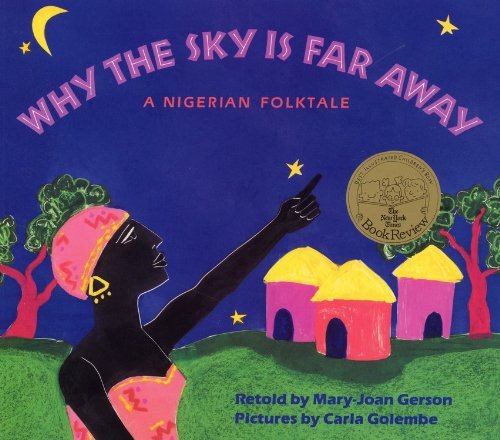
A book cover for Why the Sky Is Far Away: A Nigerian Folktale; Mary-Joan Gerson; Children's Books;